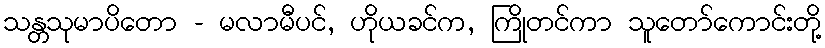
သန္တသုမာပိတော - မလာမီပင်, ဟိုယခင်က, ကြိုတင်ကာ သူတော်ကောင်းတို့